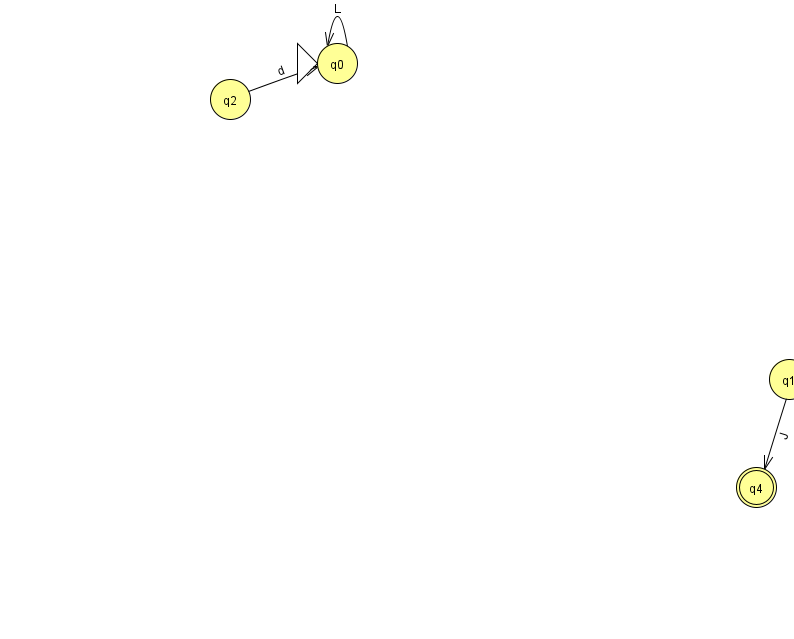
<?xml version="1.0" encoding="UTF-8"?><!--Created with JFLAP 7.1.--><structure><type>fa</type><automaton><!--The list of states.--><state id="0" name="q0"><x>337.0</x><y>50.0</y><initial/></state><state id="1" name="q1"><x>789.0</x><y>366.0</y></state><state id="2" name="q2"><x>230.0</x><y>86.0</y></state><state id="4" name="q4"><x>756.0</x><y>474.0</y><final/></state><!--The list of transitions.--><transition><from>2</from><to>0</to><read>d</read></transition><transition><from>1</from><to>4</to><read>J</read></transition><transition><from>0</from><to>0</to><read>L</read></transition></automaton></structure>